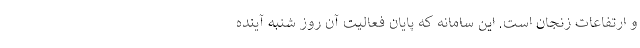
و ارتفاعات زنجان است. این سامانه که پایان فعالیت آن روز شنبه آینده